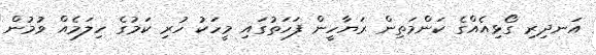
އަނދިރި ގޯޅިއެއްގެ ކަންމަތިން ރަޔާހީން ފަހަތުގައި މީހަކު ހުރި ކަމުގެ ހިލަމެއް ވުމުން